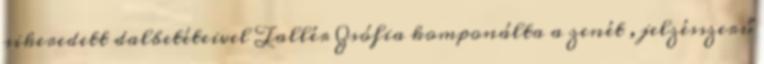
sikeredett dalbetéteivel Tallér Zsófia komponálta a zenét , jelzésszerű